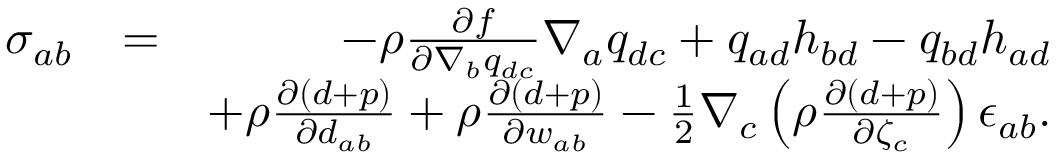
\begin{array} { r l r } { { \sigma } _ { a b } } & { = } & { - \rho \frac { \partial f } { \partial \nabla _ { b } q _ { d c } } \nabla _ { a } q _ { d c } + q _ { a d } h _ { b d } - q _ { b d } h _ { a d } } \\ & { } & { + \rho \frac { \partial ( d + p ) } { \partial d _ { a b } } + \rho \frac { \partial ( d + p ) } { \partial w _ { a b } } - \frac { 1 } { 2 } \nabla _ { c } \left( \rho \frac { \partial ( d + p ) } { \partial \zeta _ { c } } \right) \epsilon _ { a b } . } \end{array}